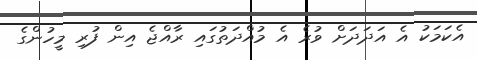
އެކަމަކު އެ އަދަދަށް ވުރެ އެ މުއްދަތުގައި ރާއްޖެ އިން ފުރި މީހުންގެ